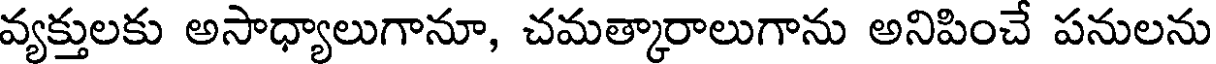
వ్యక్తులకు అసాధ్యాలుగానూ, చమత్కారాలుగాను అనిపించే పనులను